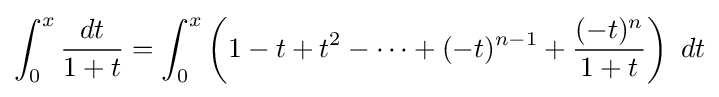
\int _{0}^{x}{\frac {dt}{1+t}}=\int _{0}^{x}\left(1-t+t^{2}-\cdots +(-t)^{n-1}+{\frac {(-t)^{n}}{1+t}}\right)\ dt